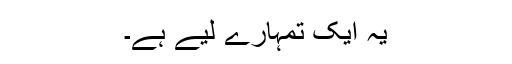
یہ ایک تمہارے لیے ہے۔